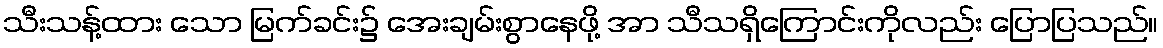
သီးသန့်ထား သော မြက်ခင်း၌ အေးချမ်းစွာနေဖို့ အာ သီသရှိကြောင်းကိုလည်း ပြောပြသည်။